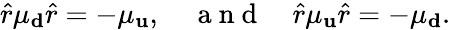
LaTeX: \hat{r}\mu_{\mathbf d}\hat{r}=-\mu_{\mathbf u},\quad\mathrm{~a~n~d~}\quad\hat{r}\mu_{\mathbf u}\hat{r}=-\mu_{\mathbf d}.